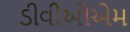
ડીવીઓએમ